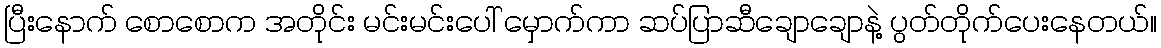
ပြီးနောက် စောစောက အတိုင်း မင်းမင်းပေါ် မှောက်ကာ ဆပ်ပြာဆီချောချောနဲ့ ပွတ်တိုက်ပေးနေတယ်။